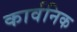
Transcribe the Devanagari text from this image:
कार्वनिक